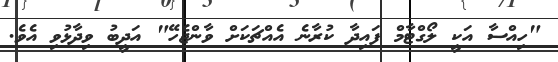
"ހިއްސާ އަކީ ލޯގްޓާމް ފައިދާ ކުރާނެ އެއްޗަކަށް ވާންޖެހޭ" އަދީބު ވިދާޅުވި އެވެ.